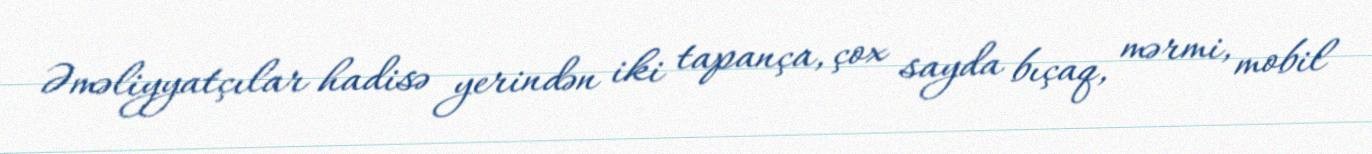
Əməliyyatçılar hadisə yerindən iki tapança, çox sayda bıçaq, mərmi, mobil